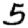
Digit: 5